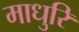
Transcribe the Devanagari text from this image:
माधुरि